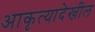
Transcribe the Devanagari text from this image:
आकृत्यादेखील